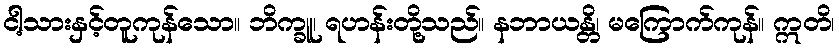
ငါ့သားနှင့်တူကုန်သော။ ဘိက္ခူ၊ ရဟန်းတို့သည်။ နဘာယန္တိ၊ မကြောက်ကုန်။ ဣတိ၊